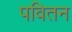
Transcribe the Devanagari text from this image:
पवितन